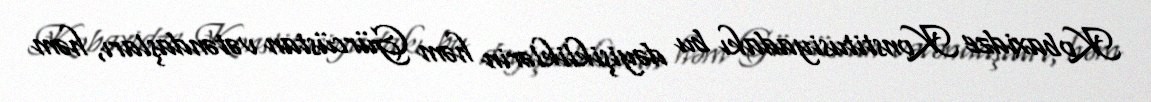
Kobaxidze Konstitusiyadakı bu dəyişikliklərin həm Gürcüstan vətəndaşları, həm